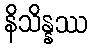
နိသိန္နဿ